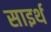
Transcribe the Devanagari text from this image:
साइर्थ